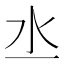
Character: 𣱲